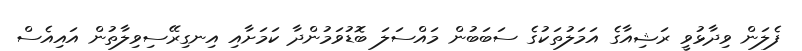
ފެލަން ވިދާޅުވީ ރަޝިއާގެ އަމަލުތަކުގެ ސަބަބުން މައްސަލަ ބޮޑުވަމުންދާ ކަމަށާއި އިނގިރޭސިވިލާތުން އައިއެސް